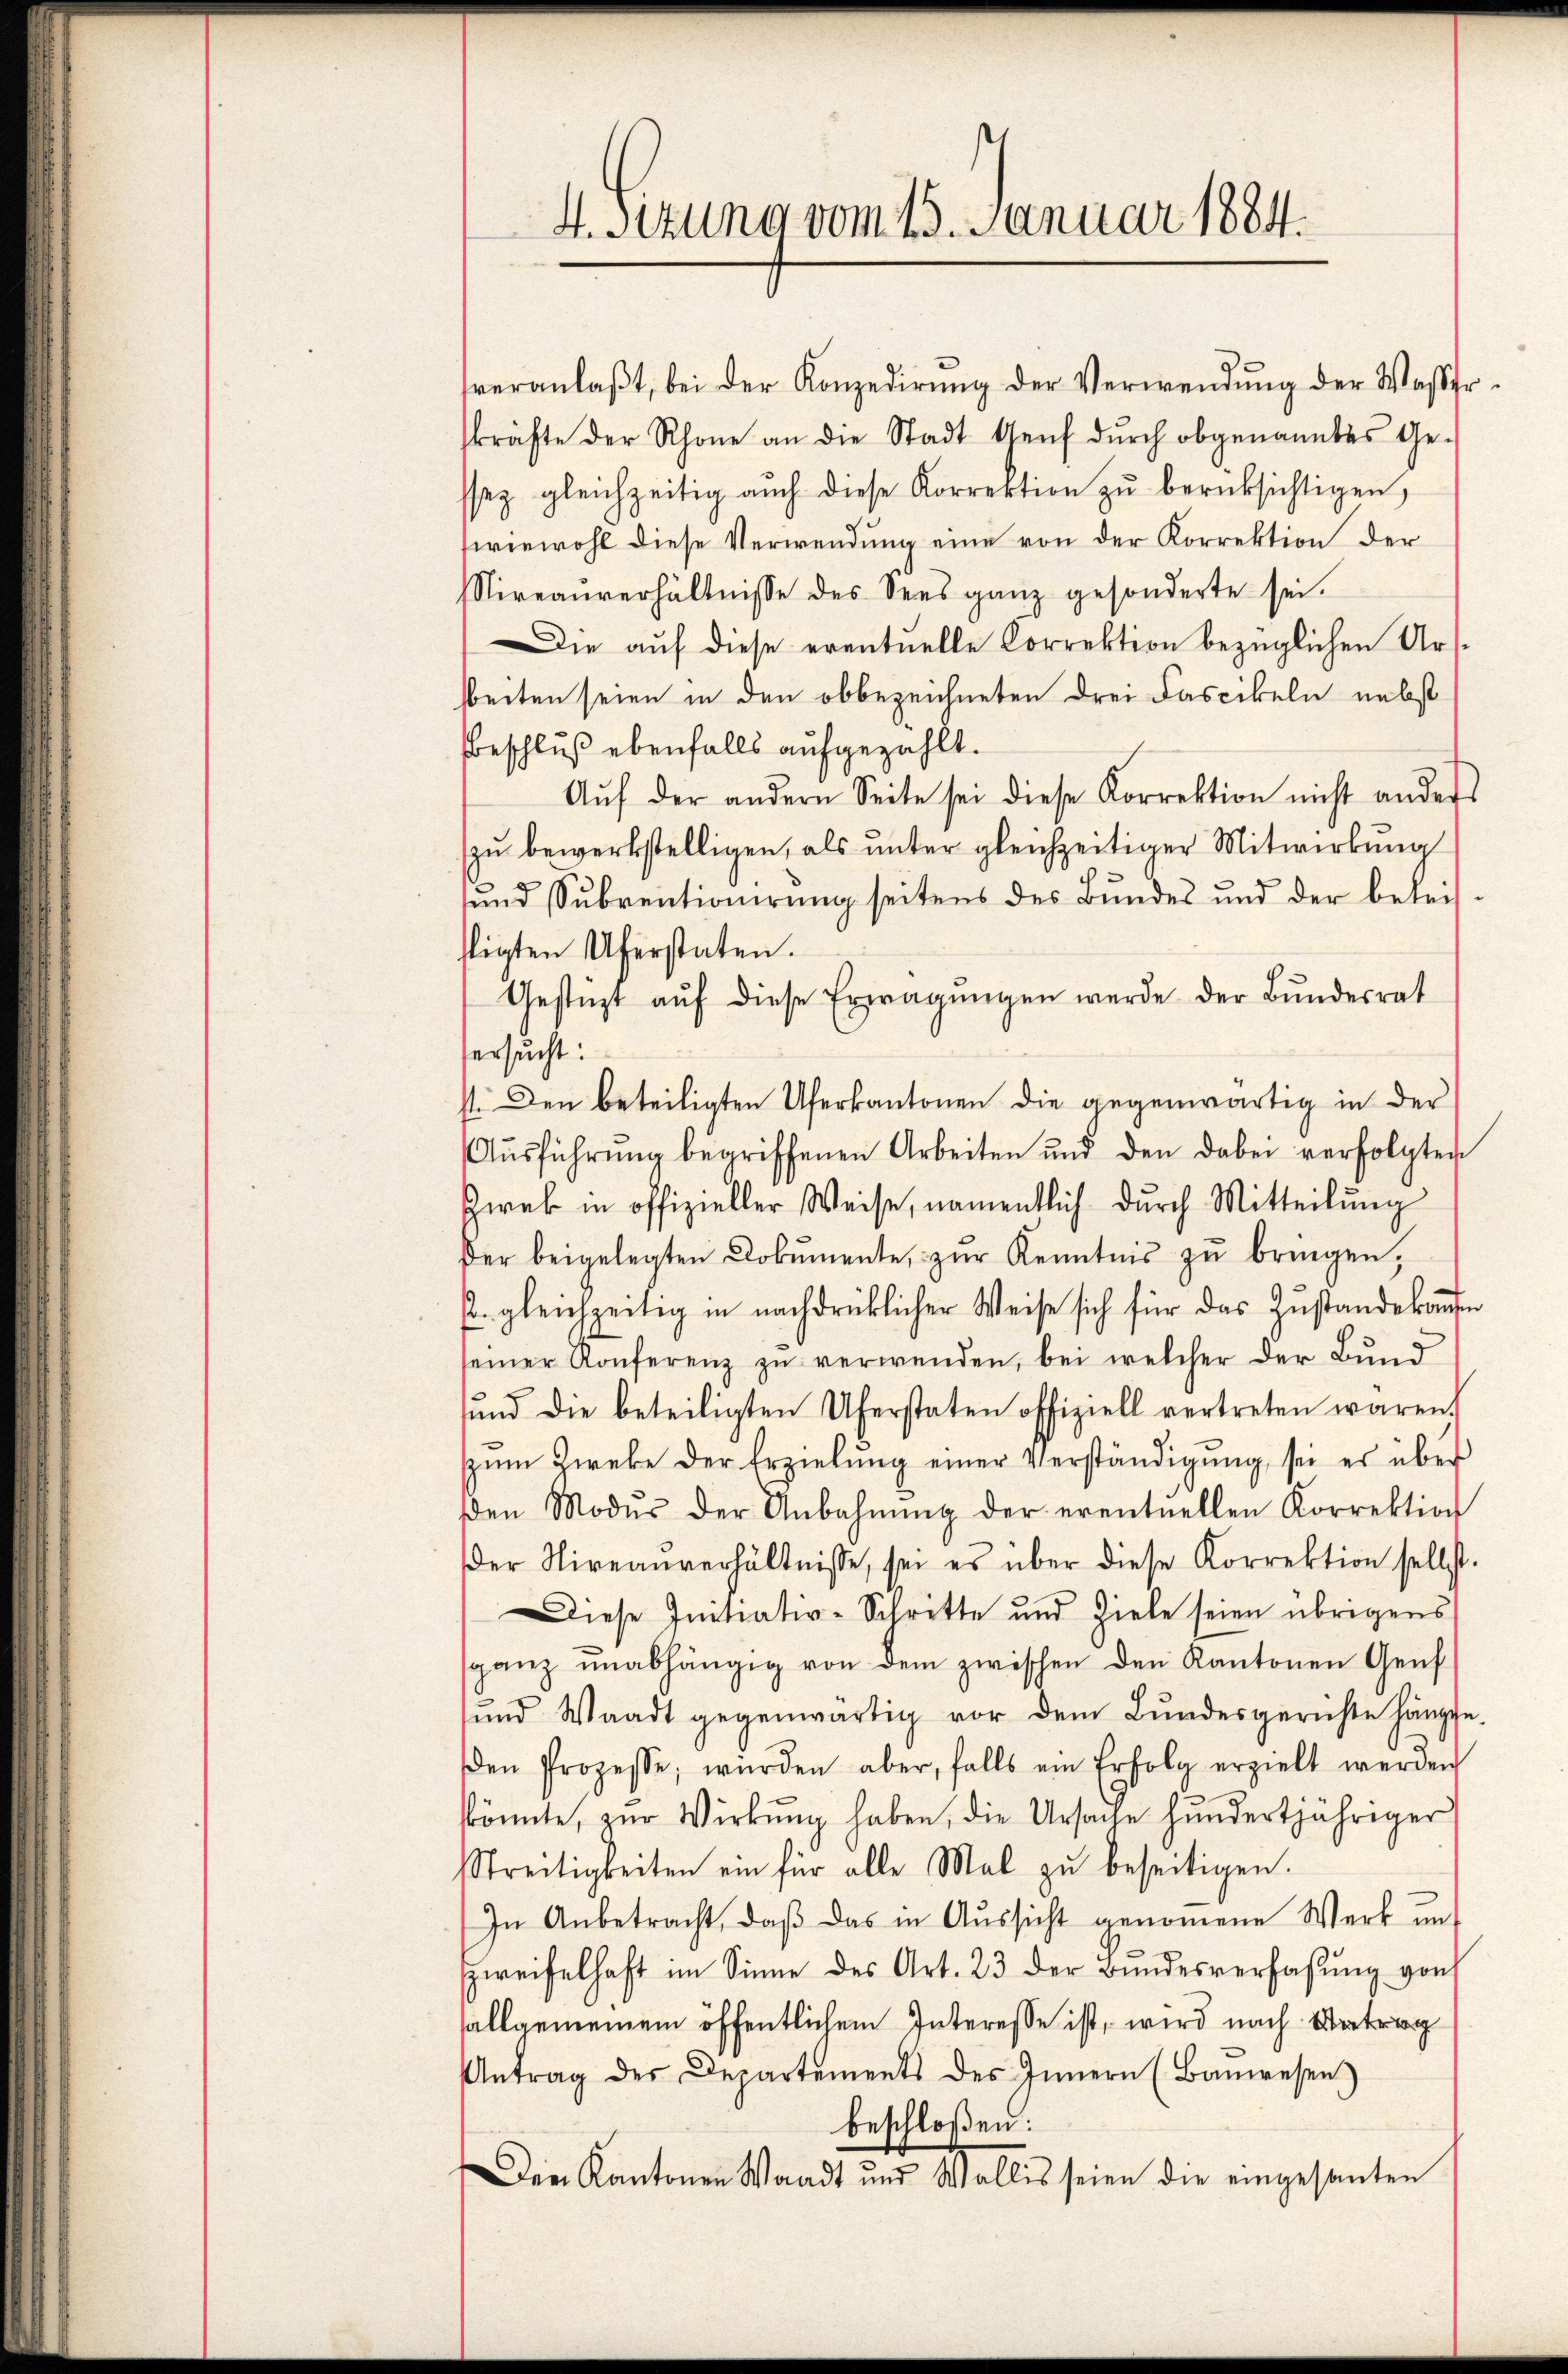
4. Sitzung vom 23. Januar 1884.

veranlaβt, bei der Konzedirŭng der Verwendŭng der Wasser-
kräfte der Rhone an die Stadt Genf dŭrch obgenanntes Ge-
ssez gleichzeitig auch diese Korrektion zŭ berücksichtigen,
wiewohl diese Verwendung eine von der Korrektion der
Nireaŭverhältnisse des Sees ganz gesonderte sei.
Die auf diese eventuelle Correktion bezüglichen Ursbeiten seien in den obbezeichneten drei Fascikeln nebst
Beschluß ebenfalls aufgezählt.
Aŭf der andern Seite sei diese Korrektion nicht anders
zu bewerkstelligen, als unter gleichzeitiger Mitwirkung
und Subventionirung seitens des Bundes und der beleis-
fligten Uferstaten.
Gestützt aŭf diese Erwägŭngen werde der Bundesrat
ersucht:
4. Den beteiligten Uferkantonen die gegenwärtig in der
Aŭsführŭng begriffenen Arbeiten und den dabei verfolgten
Zwek in offizieller Weise, namentlich dŭrch Mitteilŭng
der beigelegten Dokumente, zŭr Kenntnis zŭ bringen,
2. gleichzeitig in nachdrücklicher Weise sich für das Zustandekommen
seiner Konferenz zŭ verwenden, bei welcher der Bund
ŭnd die beteiligten Uferstaten offiziell vertreten waren.
zŭm Zweke der Erzielŭng einer Verständigŭng sei er über
den Modus der Anbahnŭng der eventuellen Korrektion
der Nireanverhältnisse, sei es über diese Korrektion selbst.
Diese Initiativ-Schritte und Ziele seien übrigens
sganz unabhängig von dem zwischen den Kantonen Genf
und Waadt gegenwärtig vor dem Bundesgerichte hängte.
den Prozesse, würden aber, falls ein Erfolg erzielt werden
könnte, zŭr Wirkung haben, die Ursache hundertjähriger
Streitigkeiten ein für alle Mal zŭ beseitigen.
In Anbetracht, daβ das in Aŭssicht genommene Werk unt
Zweifelhaft im Sinne des Art. 23 der Bundesverfassung von
allgemeinem öffentlichem Interesse ist, wird nach Vertrag
Antrag des Departements des Innern (Bauwesen
beschloßen:
Den Kantonen Waadt und Wallis seien die eingesanten